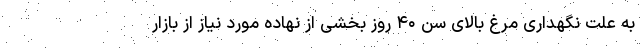
به علت نگهداری مرغ بالای سن ۴۰ روز بخشی از نهاده مورد نیاز از بازار